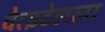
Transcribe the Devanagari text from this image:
वेत्झ्टेलला